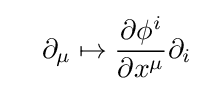
\quad \partial _{\mu }\mapsto {\frac {\partial \phi ^{i}}{\partial x^{\mu }}}\partial _{i}